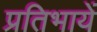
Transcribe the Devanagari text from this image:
प्रतिभायें